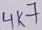
Text: 4K7